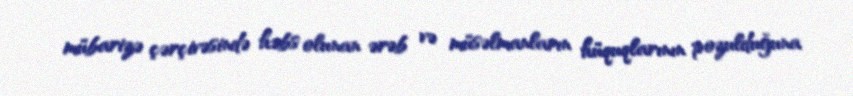
mübarizə çərçivəsində həbs olunan ərəb və müsəlmanların hüquqlarının pozulduğuna